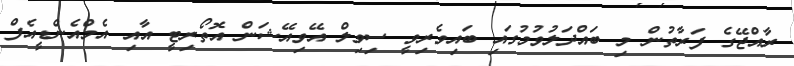
ރާއްޖޭގެ ފަރާތުން މި ބައްދަލުވުމުގައި ބައިވެރިވީ ސިވިލް އޭވިއޭޝަން އޮތޯރިޓީ އާއި އެމްއެންޑީއެފް